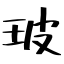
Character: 玻